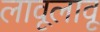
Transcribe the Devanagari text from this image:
लावूलावू